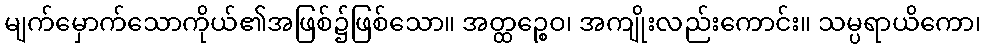
မျက်မှောက်သောကိုယ်၏အဖြစ်၌ဖြစ်သော။ အတ္ထဉ္စေဝ၊ အကျိုးလည်းကောင်း။ သမ္ပရာယိကော၊